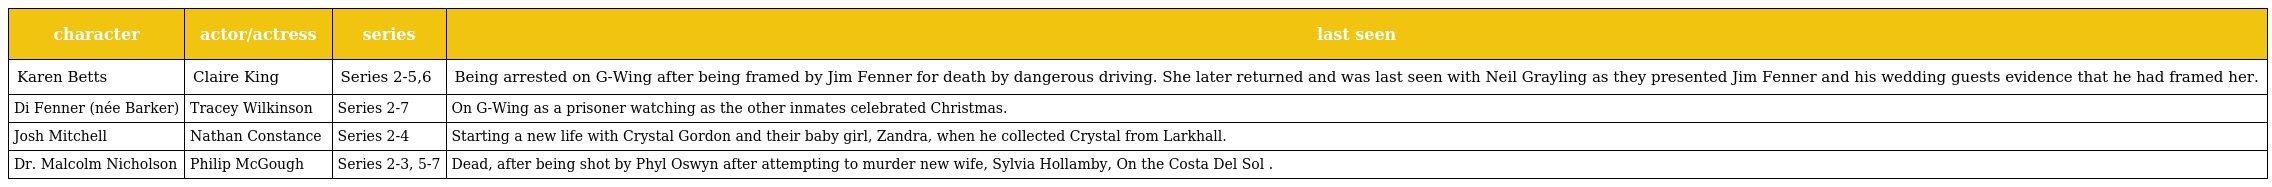
| character | actor/actress | series | last seen |
 | --- | --- | --- | --- |
 | Karen Betts | Claire King | Series 2-5,6 | Being arrested on G-Wing after being framed by Jim Fenner for death by dangerous driving. She later returned and was last seen with Neil Grayling as they presented Jim Fenner and his wedding guests evidence that he had framed her. |
 | Di Fenner (née Barker) | Tracey Wilkinson | Series 2-7 | On G-Wing as a prisoner watching as the other inmates celebrated Christmas. |
 | Josh Mitchell | Nathan Constance | Series 2-4 | Starting a new life with Crystal Gordon and their baby girl, Zandra, when he collected Crystal from Larkhall. |
 | Dr. Malcolm Nicholson | Philip McGough | Series 2-3, 5-7 | Dead, after being shot by Phyl Oswyn after attempting to murder new wife, Sylvia Hollamby, On the Costa Del Sol . |